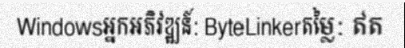
Windowsអ្នកអភិវឌ្ឍន៍: ByteLinkerតម្លៃ: ឥត